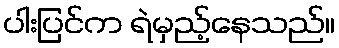
ပါးပြင်က ရဲမှည့်နေသည်။